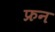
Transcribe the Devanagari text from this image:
फ्रन